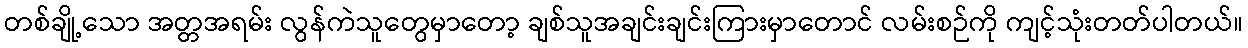
တစ်ချို့သော အတ္တအရမ်း လွန်ကဲသူတွေမှာတော့ ချစ်သူအချင်းချင်းကြားမှာတောင် လမ်းစဉ်ကို ကျင့်သုံးတတ်ပါတယ်။